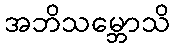
အဘိသမ္ဘောသိ